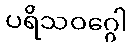
ပရိသဝဂ္ဂေါ